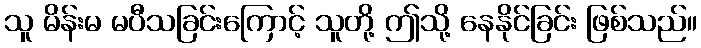
သူ မိန်းမ မပီသခြင်းကြောင့် သူတို့ ဤသို့ နေနိုင်ခြင်း ဖြစ်သည်။